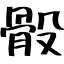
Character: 骰